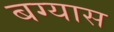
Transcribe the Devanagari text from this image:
बग्यास